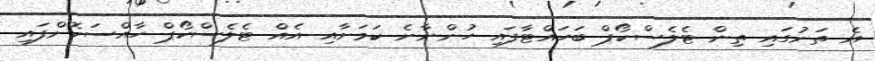
އެ ތަނުގައި ތިން ޓެލެސްކޯޕް ބަހައްޓާފައި ހުންނާނެ ކަމަށާއި އެއް ޓެލެސްކޯޕް ހާއްސަކޮށްފައި